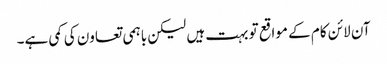
آن لائن کام کے مواقع تو بہت ہیں لیکن باہمی تعاون کی کمی ہے۔